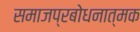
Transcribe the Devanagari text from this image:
समाजप्रबोधनात्मक